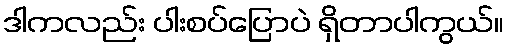
ဒါကလည်း ပါးစပ်ပြောပဲ ရှိတာပါကွယ်။